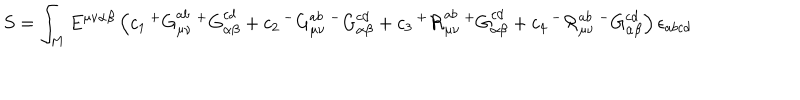
LaTeX: S = \int _ { M } E ^ { \mu \nu \alpha \beta } \left( c _ { 1 } \, { ^ + G } _ { \mu \nu } ^ { a b } \, { ^ + G } _ { \alpha \beta } ^ { c d } + c _ { 2 } \, { ^ - G } _ { \mu \nu } ^ { a b } \, { ^ - G } _ { \alpha \beta } ^ { c d } + c _ { 3 } \, { ^ + { \cal R } } _ { \mu \nu } ^ { a b } \, { ^ + G } _ { \alpha \beta } ^ { c d } + c _ { 4 } \, { ^ - { \cal R } } _ { \mu \nu } ^ { a b } \, { ^ - G } _ { \alpha \beta } ^ { c d } \right) \epsilon _ { a b c d }